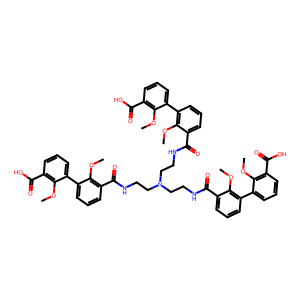
SMILES: COc1c(C(=O)O)cccc1-c1cccc(C(=O)NCCN(CCNC(=O)c2cccc(-c3cccc(C(=O)O)c3OC)c2OC)CCNC(=O)c2cccc(-c3cccc(C(=O)O)c3OC)c2OC)c1OC
Inhibits HIV replication: No